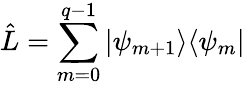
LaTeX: \hat{L}=\sum_{m=0}^{q-1}|\psi_{m+1}\rangle\langle\psi_{m}|